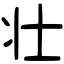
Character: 壮